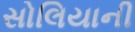
સોલિયાની